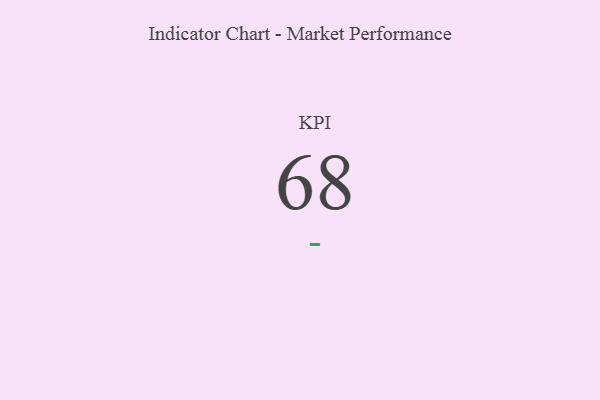
{"axis": {"x": "KPI", "y": "Value"}, "legend": [""], "data": [{"x": "KPI", "y": 68, "type": ""}]}